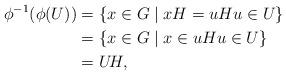
LaTeX: \begin{align*}\phi^{-1}(\phi(U)) & = \{x \in G \mid xH = uH u \in U\} \\& = \{x \in G \mid x \in uH u \in U\} \\& = U\!H,\end{align*}